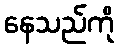
နေသည်ကို